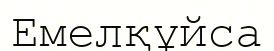
Емелқұйса